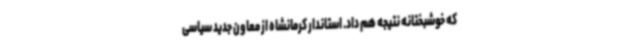
که خوشبختانه نتیجه هم داد. استاندار کرمانشاه از معاون جدید سیاسی